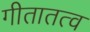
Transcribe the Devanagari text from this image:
गीतातत्व